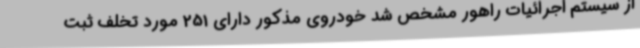
از سیستم اجرائیات راهور مشخص شد خودروی مذکور دارای 251 مورد تخلف ثبت